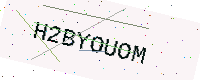
Text: H2BYOUOM